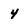
Character: 4